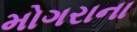
મોગરાના